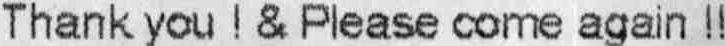
THANK YOU ! & PLEASE COME AGAIN !!